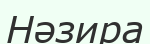
Нәзира